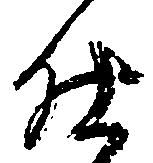
仕